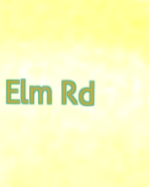
Elm Rd